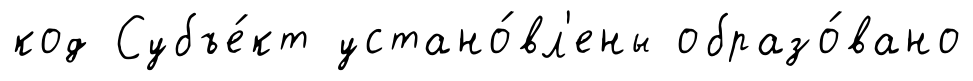
код Субъе́кт устано́вл'ены образо́вано